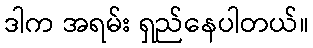
ဒါက အရမ်း ရှည်နေပါတယ်။